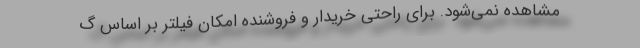
مشاهده نمی‌شود. برای راحتی خریدار و فروشنده امکان فیلتر بر اساس گ